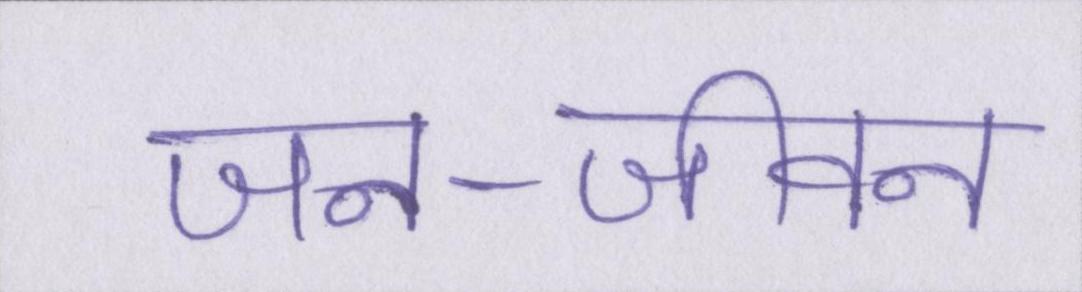
जन-जीवन